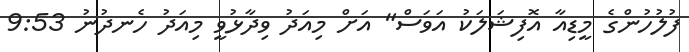
ފުލުހުންގެ މީޑިއާ އޮފިޝަލަކު އަވަސް" އަށް މިއަދު ވިދާޅުވީ މިއަދު ހެނދުނު 9:53